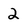
Character: 2